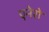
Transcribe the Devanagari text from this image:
एनेरो